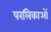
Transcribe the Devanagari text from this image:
परलिकाओं